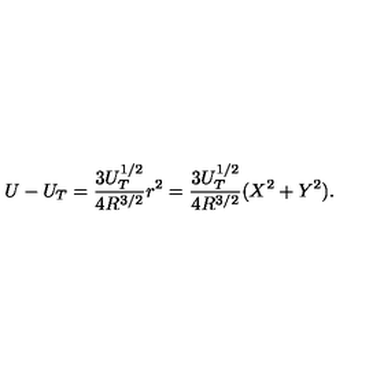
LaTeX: U - U _ { T } = \frac { 3 U _ { T } ^ { 1 / 2 } } { 4 R ^ { 3 / 2 } } r ^ { 2 } = \frac { 3 U _ { T } ^ { 1 / 2 } } { 4 R ^ { 3 / 2 } } ( X ^ { 2 } + Y ^ { 2 } ) .